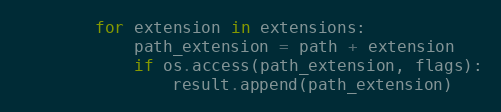
Language: Python
        for extension in extensions:
            path_extension = path + extension
            if os.access(path_extension, flags):
                result.append(path_extension)